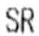
SR